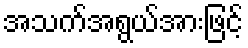
အသက်အရွယ်အားဖြင့်